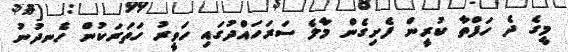
މީގެ ދެ ހަފްތާ ކުރީން ފެށިގެން މާލެ ސަރަހައްދުގައި ހަވީރު ހަތަރަކުން ހެނދުނު